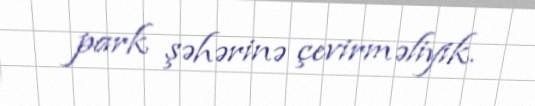
park şəhərinə çevirməliyik.